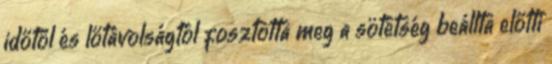
időtől és lőtávolságtól fosztotta meg a sötétség beállta előtti